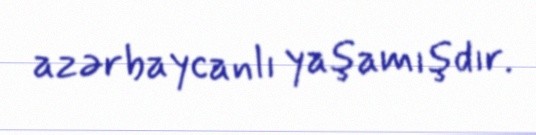
azərbaycanlı yaşamışdır.